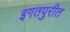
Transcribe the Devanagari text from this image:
इगतपुरीत